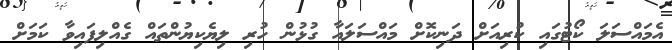
އެމައްސަލަ ކޯޓުގައި ކުރިއަށް ދަނިކޮށް މައްސަލައާ ގުޅުން ހުރި ލިޔެކިޔުންތައް ގެއްލިފައިވާ ކަމަށް